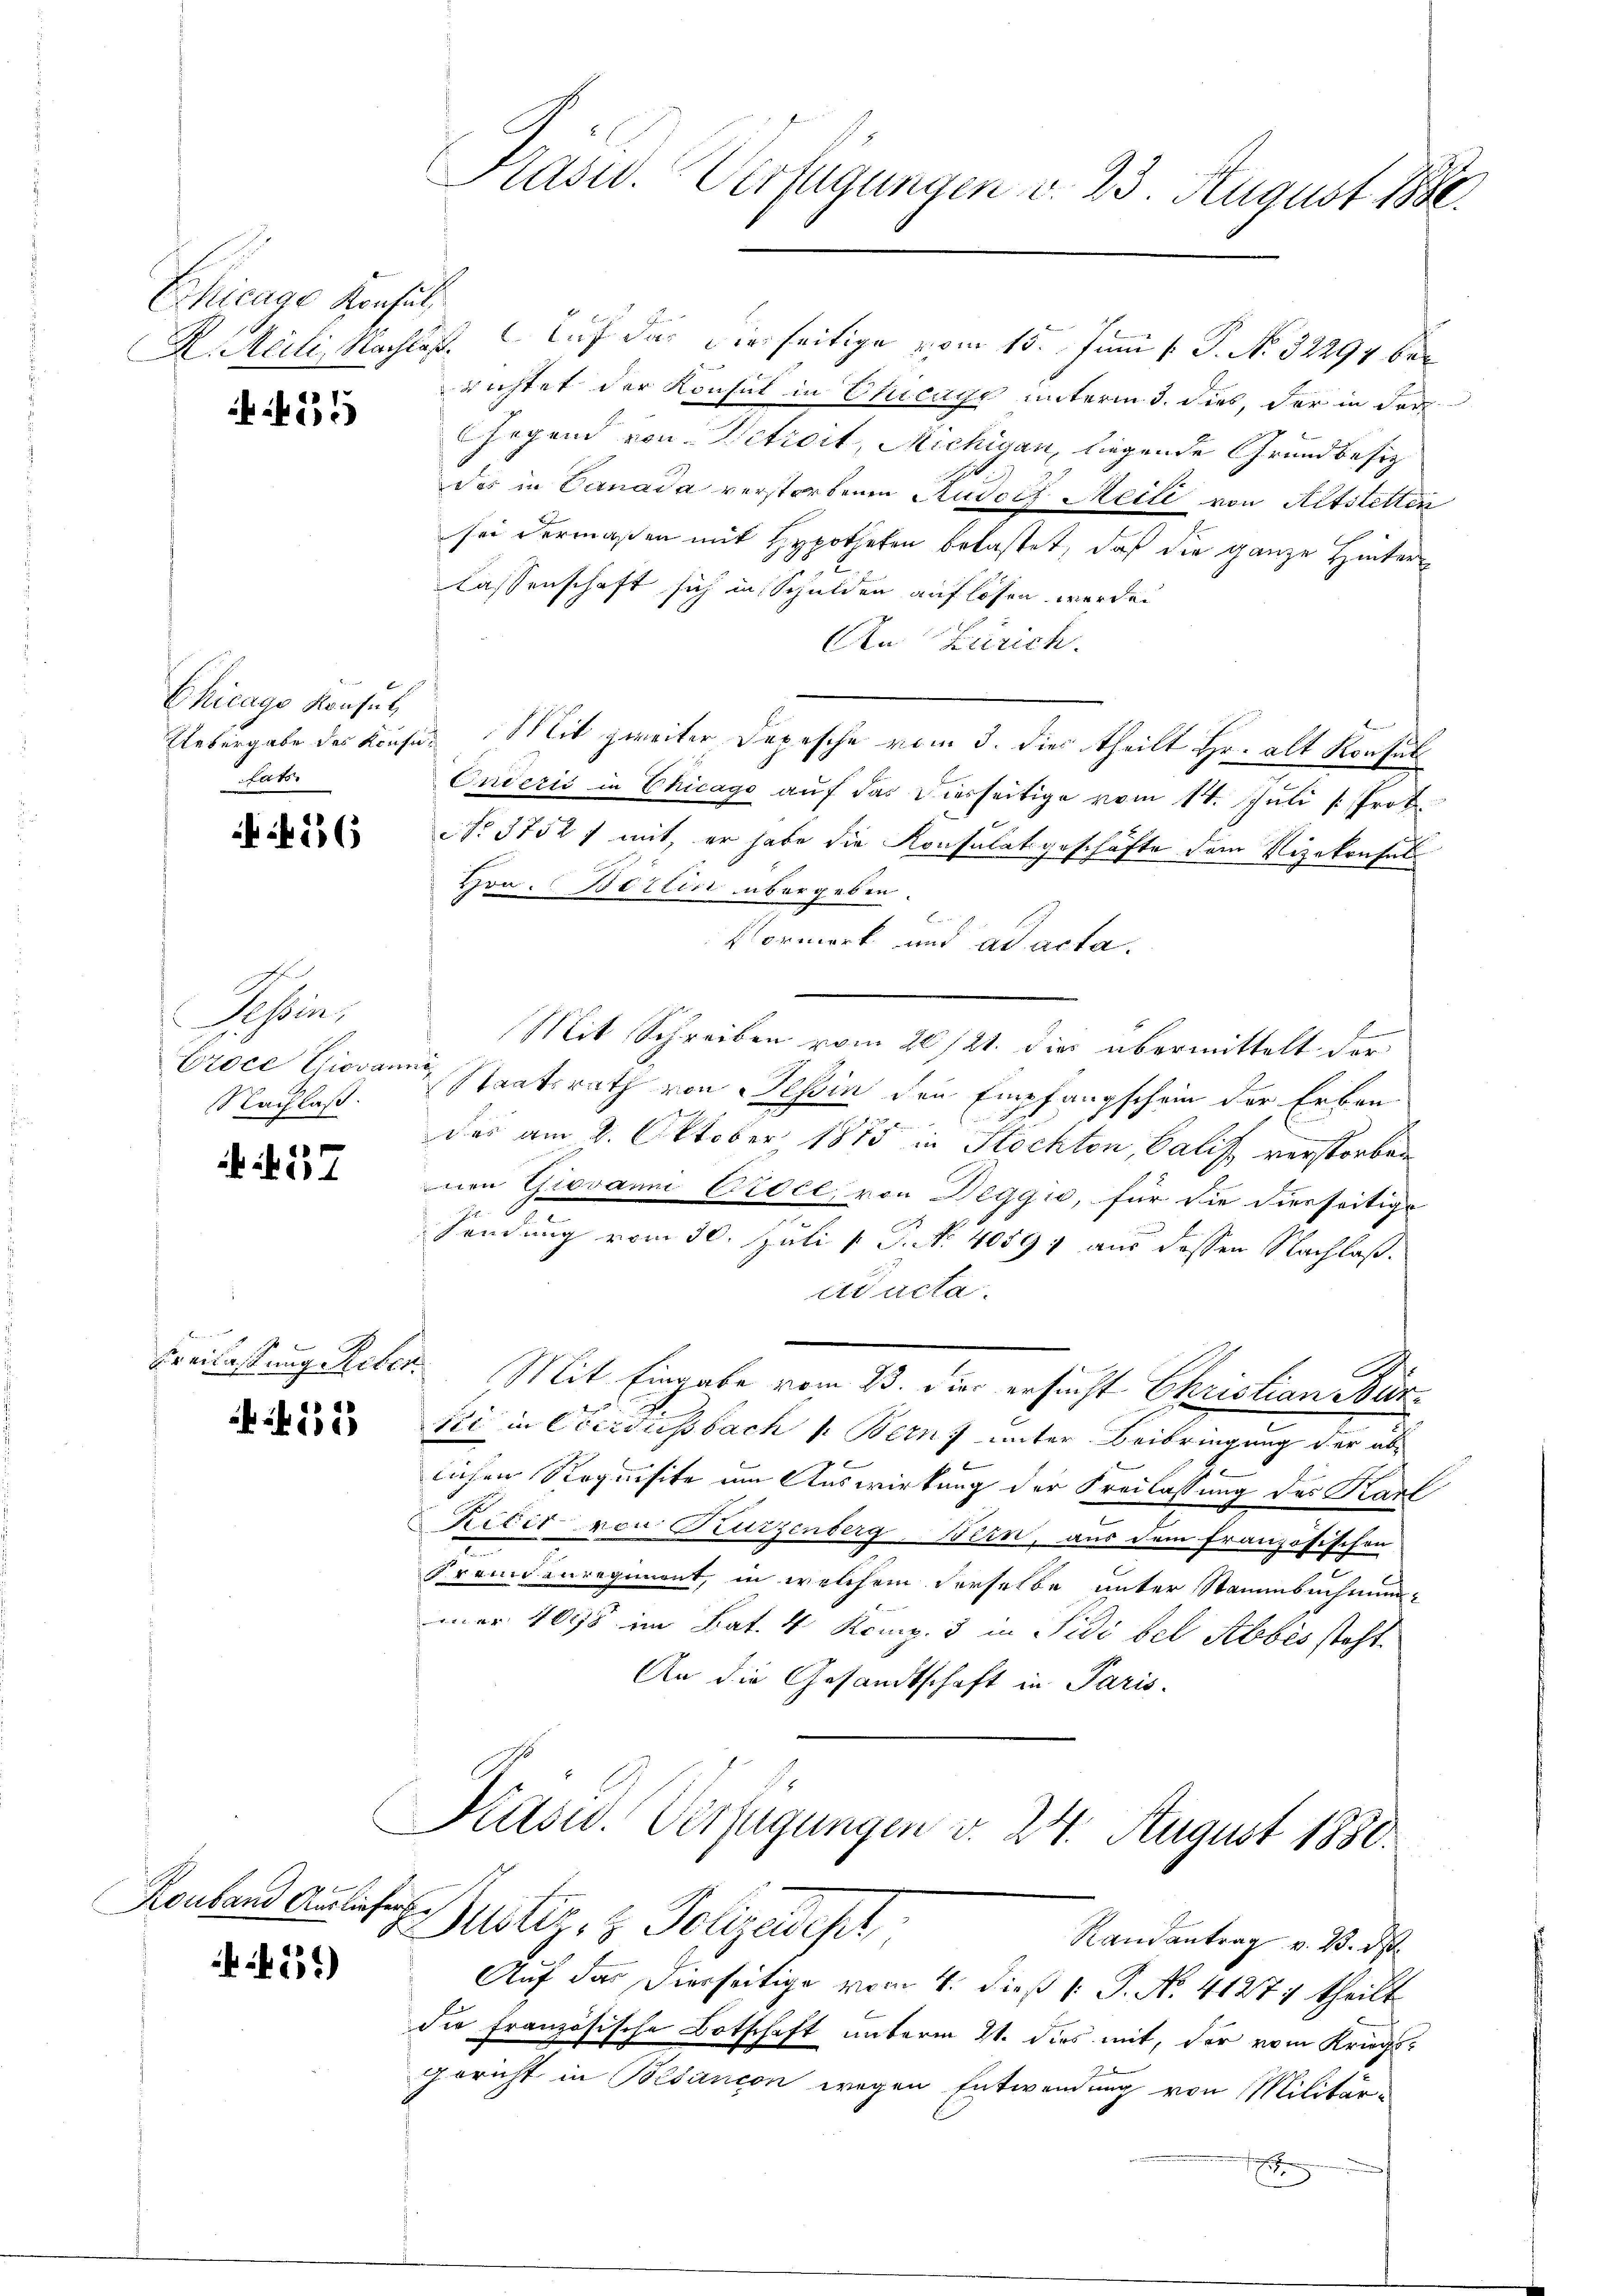
Chicage Konsuls
H. Meili, Nachlas

535

Chicago Konsul
Lakr

456

Tessin,
Vroce Giovanni
Nachlaß.

N. 27

152

Ronband Auslieg

51)

Kasc. Verfügungen d. 23. August 1880.

Auf das dieseitige vom 15. Juni l. J. No. 32294 bei
richtet der Konsul in Eucage unterm 3. dies, der in der
ogand von Vitreit, Michigan, liegende Grundbesiz
das in Canada verstorbenen Rudolf Meili von Altstetten
sei dermaßen mit Hypotheken belastet, daß die ganze Hinter
lassenschaft sich in Schulden auflösen werden
An Zürich.
Uebergabe des Konfus Mit zweiter Depesche vom 3. dies theilt Hr. alt Konsul
Onderis in Chicago auf das diesseitige vom 14. Juli [Prot
No. 3752 mit, er habe die Konsulat geschäfte dem Vizekonsul
Hon. Berlin übergeben.
Vormerk und ad acta.
Frenen
Mit Schreiben vom 20./21. dies übermittelt der
Staatsrath von Tessin den Empfangschein der Erbau-
des am 8. Oktober 1875 in Stockton, Calis verstorben
nen Giovanni Videl, von Deggio, für die diesseitige
r
sendung vom 30. Juli v. P. No 40597 aus dessen Nachlaßcr acta.
.
Freilassung Reber. Mit Eingabe vom 23. dies ersucht Christian Burki in Obersassbach s. Bern, unter Beibringung der ablichen Requisite um Auswirkung der Freilassung des Karl
Ričić von Parzenberg, Bern, aus dem französischen
Fremdenregiment, in welchem derselbe unter Stammbnehmung
mer 1095 im Bat. 4 Komp. 3 in Sidi bel Abbes steht.
An die Gesandtschaft in Paris
Präsid. Verfügungen d. 24. August 1830.
ent
Justiz- & Polizeidest,
Randantrag v. 23. d.
Auf das Dierseitige vom 4. dieß 1 S. No. 41277 theilt
die französische Botschaft unterm 21. dies mit, der vom Kriegs-
gericht in Bedancon wegen Entwendung von Militär-
1